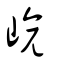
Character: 嵃